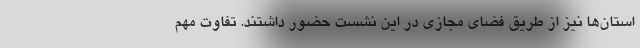
استان‌ها نیز از طریق فضای مجازی در این نشست حضور داشتند. تفاوت مهم